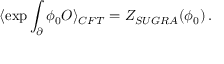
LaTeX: \langle \exp \int _ { \partial } \phi _ { 0 } { \cal O } \rangle _ { C F T } = Z _ { S U G R A } ( \phi _ { 0 } ) \, .